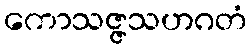
ကောသဇ္ဇသဟဂတံ